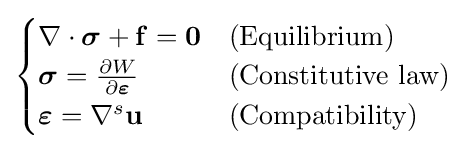
{\begin{cases}\nabla \cdot {\boldsymbol {\sigma }}+\mathbf {f} =\mathbf {0} &{\text{(Equilibrium)}}\\{\boldsymbol {\sigma }}={\frac {\partial W}{\partial {\boldsymbol {\varepsilon }}}}&{\text{(Constitutive law)}}\\{\boldsymbol {\varepsilon }}=\nabla ^{s}\mathbf {u} &{\text{(Compatibility)}}\end{cases}}